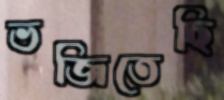
ভজিতেছি